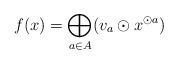
LaTeX: \begin{align*} f(x) = \bigoplus_{a\in A}(v_a\odot x^{\odot a})\end{align*}